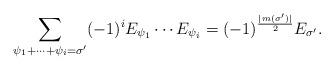
LaTeX: \begin{align*} \sum_{\psi_1 +\cdots + \psi_i =\sigma'} (-1)^i E_{\psi_1} \cdots E_{\psi_i} =(-1)^{\frac{\lvert m(\sigma')\rvert}{2}} E_{\sigma'}. \end{align*}